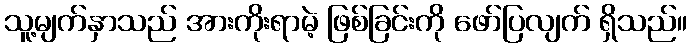
သူ့မျက်နှာသည် အားကိုးရာမဲ့ ဖြစ်ခြင်းကို ဖော်ပြလျက် ရှိသည်။